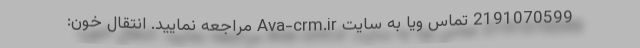
2191070599 تماس ویا به سایت Ava-crm.ir مراجعه نمایید. انتقال خون: